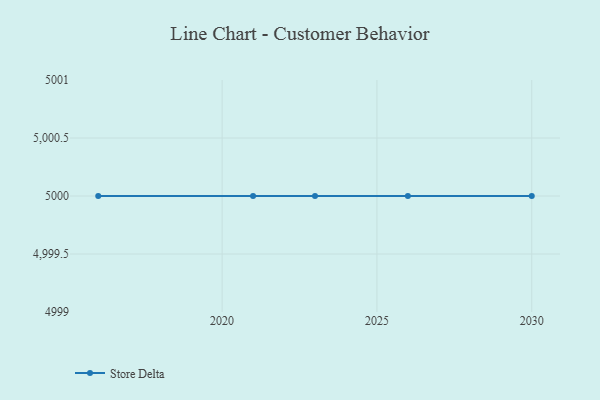
{"axis": {"x": "Year", "y": "Market Share (%)"}, "legend": ["Store Delta"], "data": [{"x": "2021", "y": 5000, "type": "Store Delta"}, {"x": "2023", "y": 5000, "type": "Store Delta"}, {"x": "2016", "y": 5000, "type": "Store Delta"}, {"x": "2026", "y": 5000, "type": "Store Delta"}, {"x": "2030", "y": 5000, "type": "Store Delta"}]}